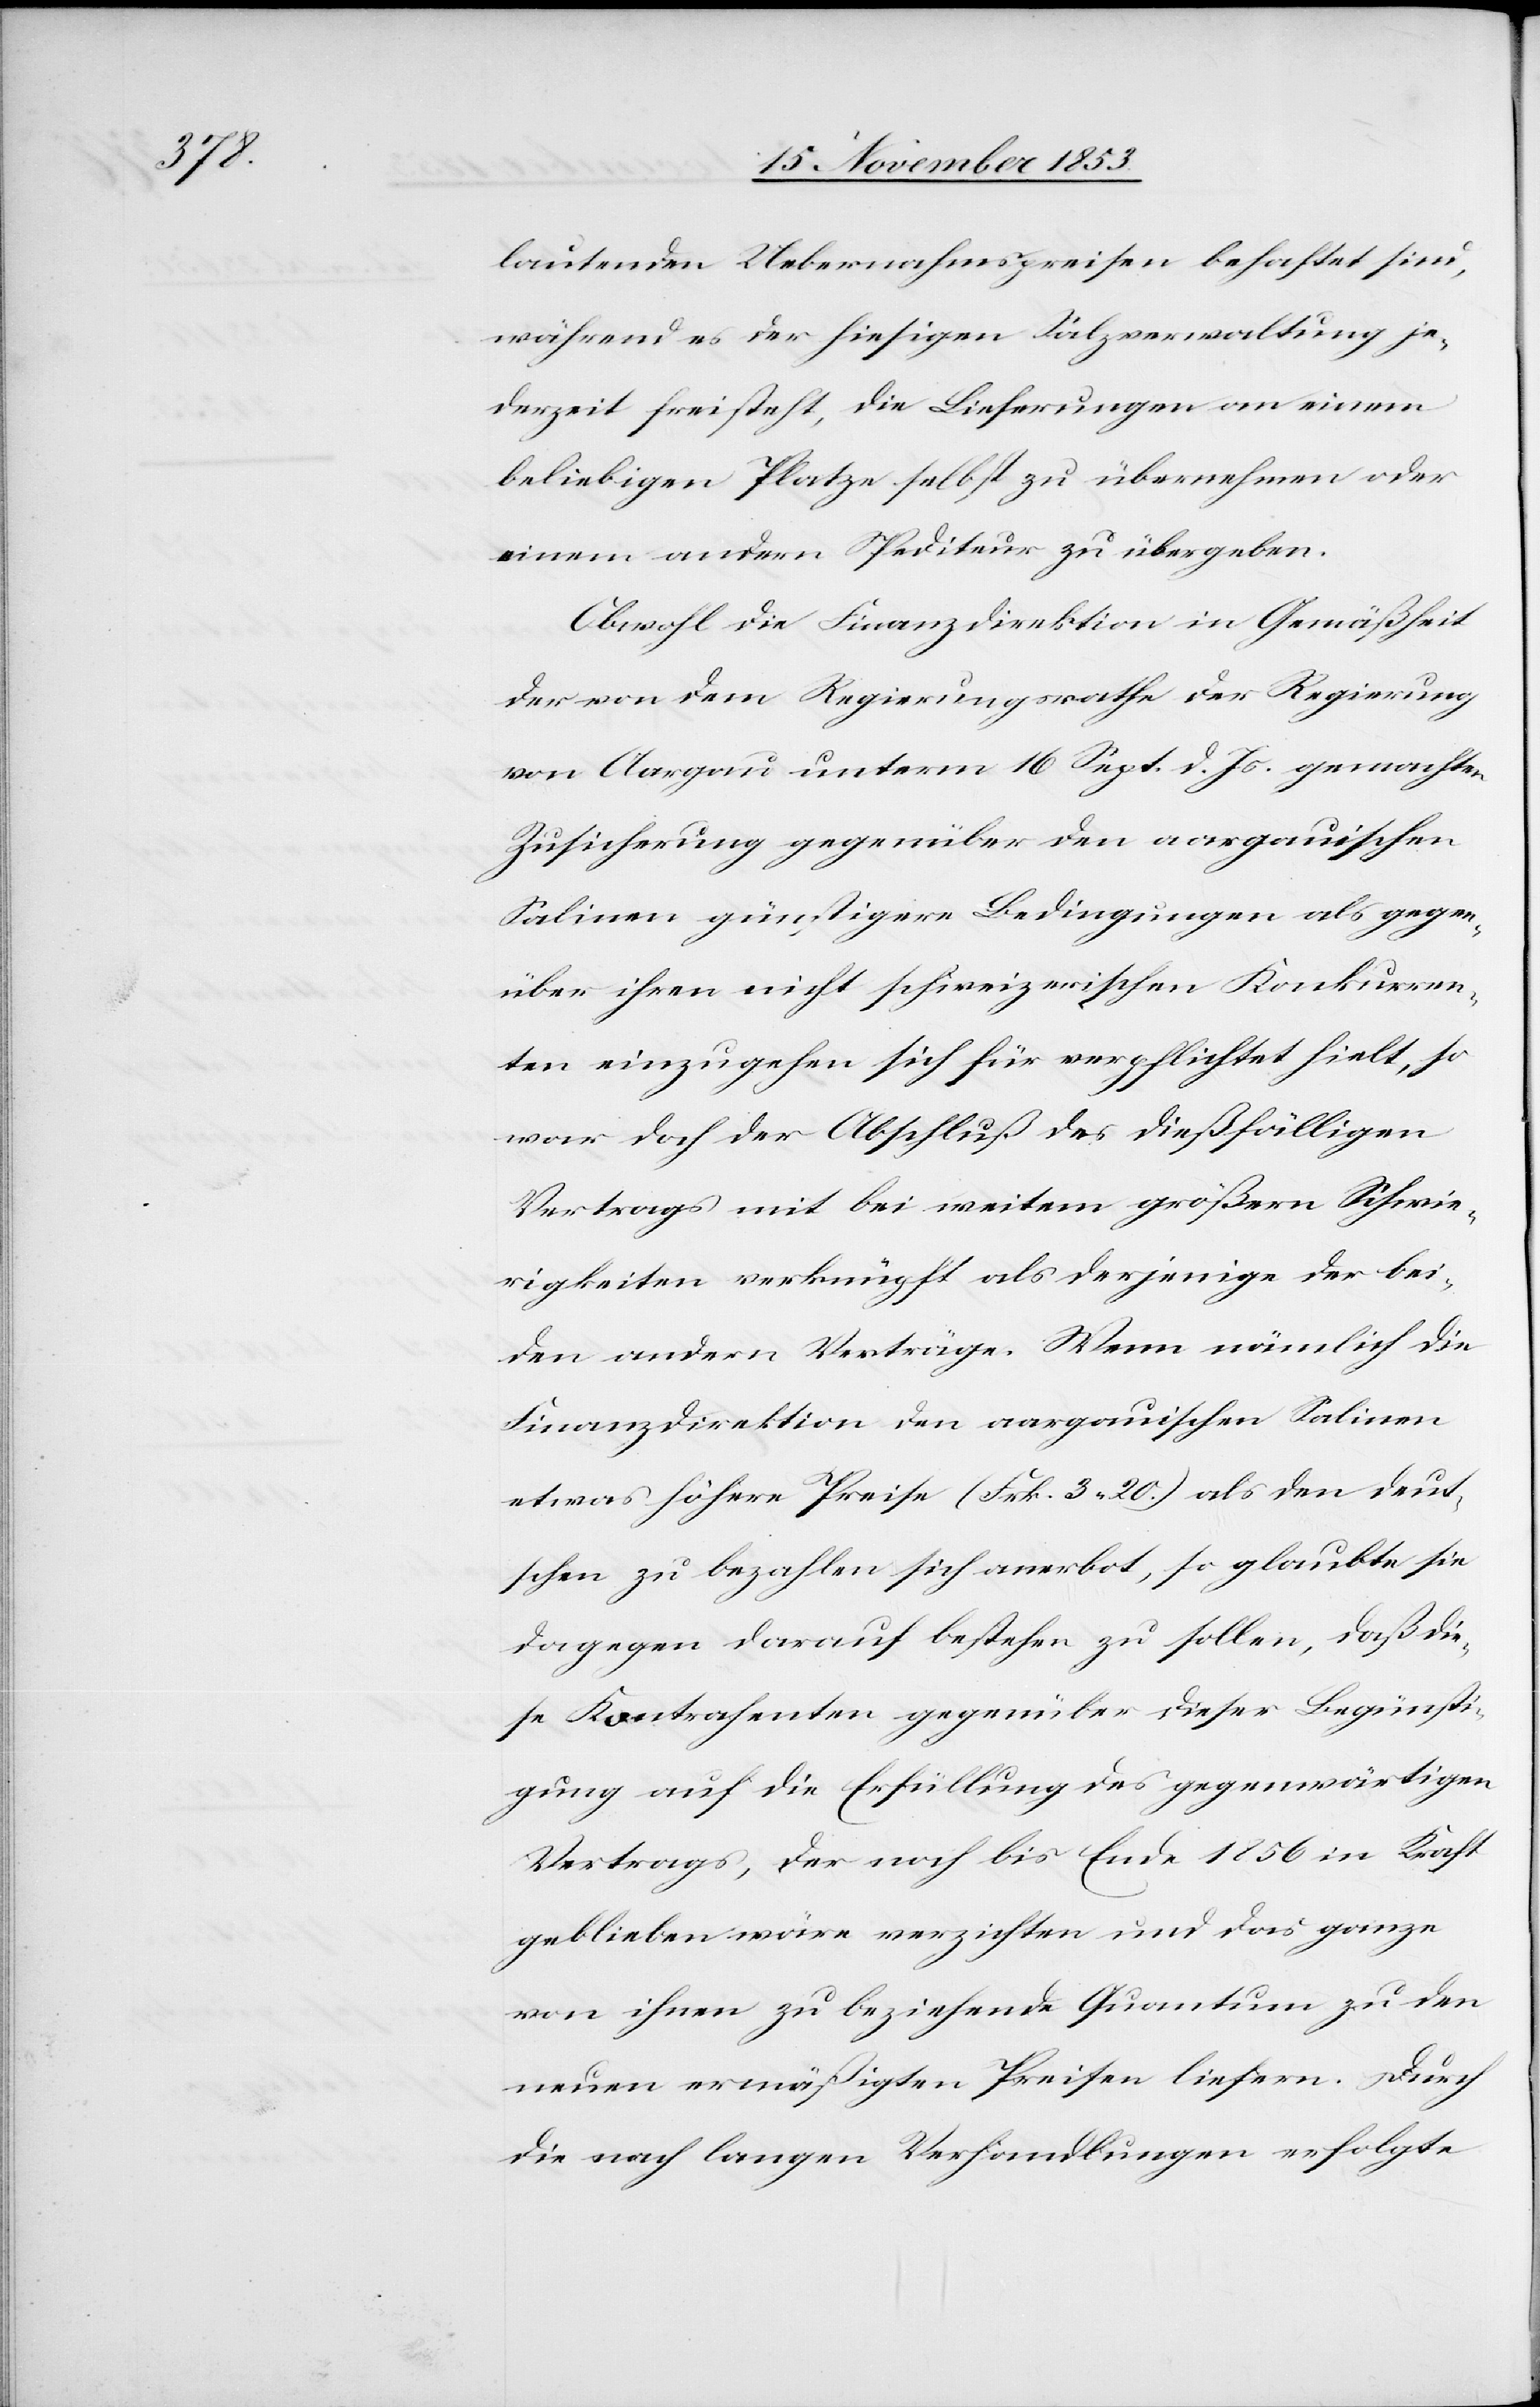
lautenden Uebernahmspreisen behaftet sind,
während es der hiesigen Salzverwaltung je¬
derzeit freisteht, die Lieferungen an einen
beliebigen Platze selbst zu übernehmen oder
einem andern Spediteur zu übergeben.
Obwohl die Finanzdirektion in Gemäßheit
der von dem Regierungsrathe der Regierung
von Aargau unterm 16 Sept. d. Js. gemachten
Zusicherung gegenüber den aargauischen
Salinen günstigere Bedingungen als gegen¬
über ihren nicht schweizerischen Konkurren¬
ten einzugehen sich für verpflichtet hielt, so
war doch der Abschluß des dießfälligen
Vertrags mit bei weitem größern Schwie¬
rigkeiten verknüpft als derjenige der bei¬
den andern Verträge. Wenn nämlich die
Finanzdirektion den aargauischen Salinen
etwas höhere Preise (Frk. 3.20) als den deut¬
schen zu bezahlen sich anerbot, so glaubte sie
dagegen darauf bestehen zu sollen, daß die¬
se Kontrahenten gegenüber dieser Begünsti¬
gung auf die Erfüllung des gegenwärtigen
Vertrages, der noch bis Ende 1856 in Kraft
geblieben wäre verzichten zu und das ganze
von ihnen zu beziehende Quantum zu den
neuen ermäßigten Preisen liefern. Durch
die nach langen Verhandlungen erfolgte